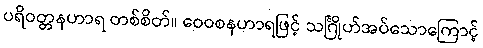
ပရိဝတ္တနဟာရ တစ်စိတ်။ ဝေဝစနဟာရဖြင့် သင်္ဂြိုဟ်အပ်သောကြောင့်